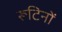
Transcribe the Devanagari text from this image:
रूटिनों